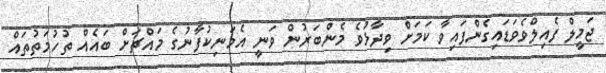
ޖަމީލް ފެއިލްވެވަޑައިގެންފައިވާ ކަމަށް ވިދާޅުވެ މެންބަރުން ވަނީ އެމަނިކުފާނުގެ މައްޗަށް ބައެއް ތުހުމަތުތައް